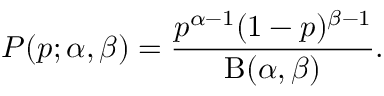
P ( p ; \alpha , \beta ) = { \frac { p ^ { \alpha - 1 } ( 1 - p ) ^ { \beta - 1 } } { \mathrm { B } ( \alpha , \beta ) } } .